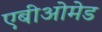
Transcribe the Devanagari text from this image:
एबीओमेड